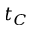
t _ { C }